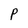
Character: P